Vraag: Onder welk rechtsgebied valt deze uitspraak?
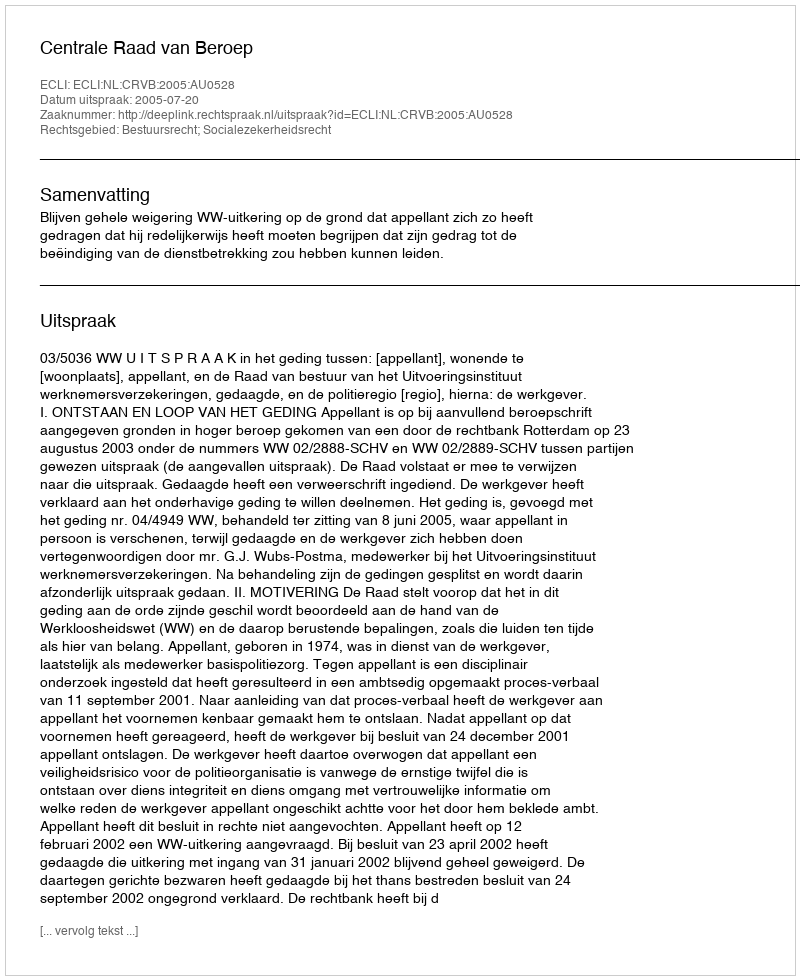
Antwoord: Bestuursrecht; Socialezekerheidsrecht